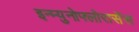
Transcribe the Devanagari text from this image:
इन्म्युनोफ्लोरासेंस